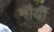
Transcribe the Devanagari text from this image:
मौर्यी